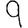
Digit: 9